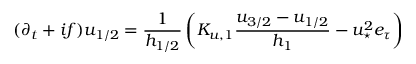
( \partial _ { t } + i f ) u _ { 1 / 2 } = \frac { 1 } { h _ { 1 / 2 } } \left( K _ { u , 1 } \frac { u _ { 3 / 2 } - u _ { 1 / 2 } } { h _ { 1 } } - { u _ { \star } ^ { 2 } e _ { \tau } } \right)